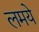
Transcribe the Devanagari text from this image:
लमये